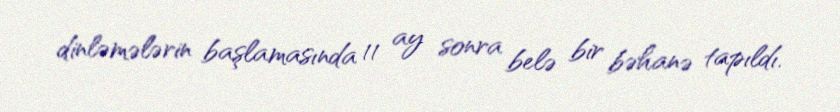
dinləmələrin başlamasında 11 ay sonra belə bir bəhanə tapıldı.